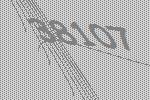
38107